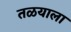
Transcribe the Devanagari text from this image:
तळयाला